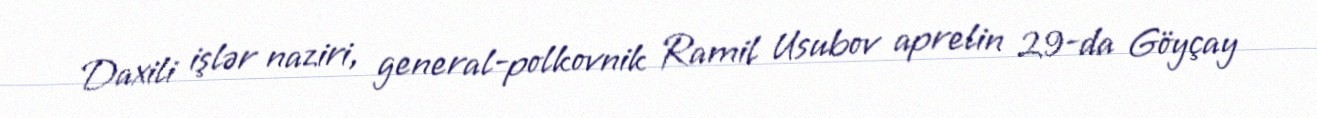
Daxili işlər naziri, general-polkovnik Ramil Usubov aprelin 29-da Göyçay